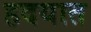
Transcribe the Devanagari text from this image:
हदयात